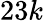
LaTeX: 23k